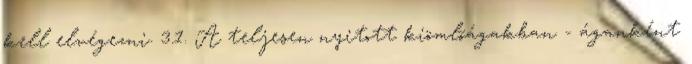
kell elvégezni. 3.1. A teljesen nyitott kiömlõágakban - áganként